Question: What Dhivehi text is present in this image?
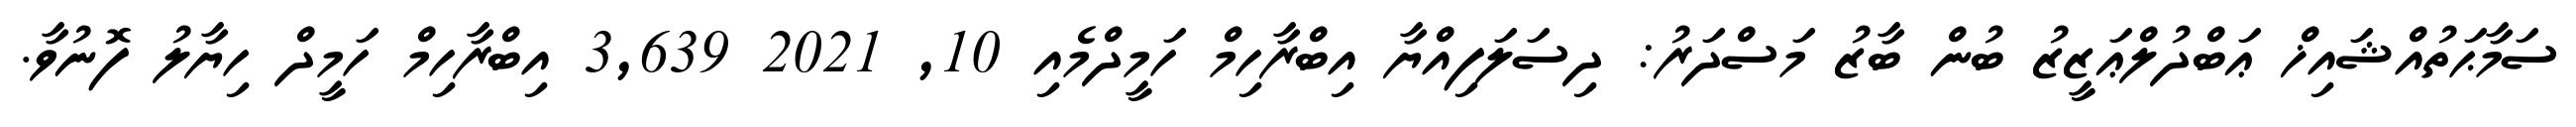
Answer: ސަމާޙަތުއްޝައިޚް ޢަބްދުލްޢަޒީޒު ބުން ބާޒު މަސްދަރު: ދިސަލަފިއްޔާ އިބްރާހިމް ހަމީދްމެއި 10, 2021 3,639 އިބްރާހިމް ހަމީދް ހިޔާލު ފޮނުވާ.